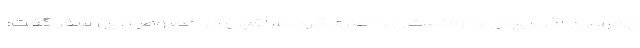
جمهوری آذربایجان و ارمنستان را اعلام کرد. عراقچی در خصوص این سفر گفت: